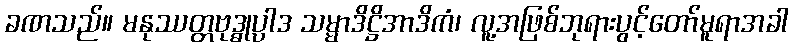
ခဏသည်။ မနုဿတ္တဗုဒ္ဓုပ္ပာဒ သမ္မာဒိဋ္ဌိအာဒိကံ၊ လူ့အဖြစ်ဘုရားပွင့်တော်မူရာအခါ